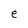
Character: e